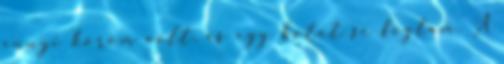
ennyi köröm volt, és egy botot se fogtam. A